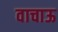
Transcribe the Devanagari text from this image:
वाचाऊ